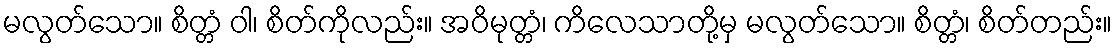
မလွတ်သော။ စိတ္တံ ဝါ၊ စိတ်ကိုလည်း။ အဝိမုတ္တံ၊ ကိလေသာတို့မှ မလွတ်သော။ စိတ္တံ၊ စိတ်တည်း။